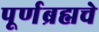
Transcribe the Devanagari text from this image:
पूर्णब्रह्मचे